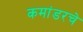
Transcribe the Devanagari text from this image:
कमांडरचे